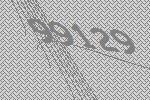
99129